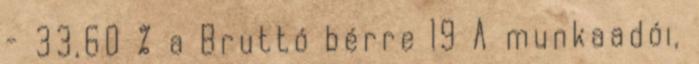
- 33,60 % a Bruttó bérre 19 A munkaadói,